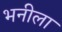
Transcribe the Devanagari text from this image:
भनीला